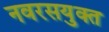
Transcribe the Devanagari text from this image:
नवरसयुक्त